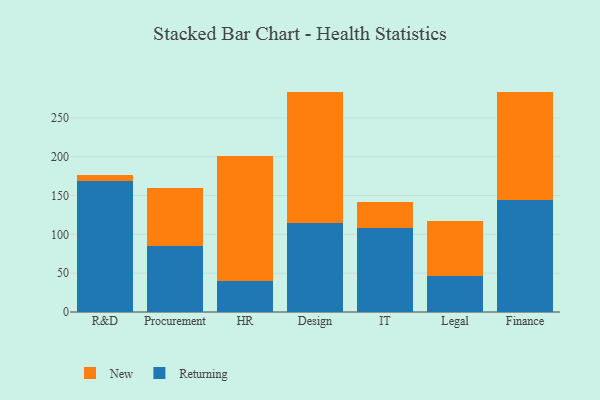
{"axis": {"x": "Department", "y": "Customer Acquisition Cost (USD)"}, "legend": ["New", "Returning"], "data": [{"x": "R&D", "y": 168.7, "type": "Returning"}, {"x": "R&D", "y": 7.4, "type": "New"}, {"x": "Procurement", "y": 84.9, "type": "Returning"}, {"x": "Procurement", "y": 75.2, "type": "New"}, {"x": "HR", "y": 40.5, "type": "Returning"}, {"x": "HR", "y": 161.0, "type": "New"}, {"x": "Design", "y": 114.7, "type": "Returning"}, {"x": "Design", "y": 168.6, "type": "New"}, {"x": "IT", "y": 107.9, "type": "Returning"}, {"x": "IT", "y": 34.0, "type": "New"}, {"x": "Legal", "y": 46.8, "type": "Returning"}, {"x": "Legal", "y": 69.9, "type": "New"}, {"x": "Finance", "y": 143.6, "type": "Returning"}, {"x": "Finance", "y": 140.2, "type": "New"}]}